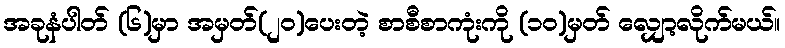
အခုနံပါတ် (၆)မှာ အမှတ်(၂၀)ပေးတဲ့ စာစီစာကုံးကို (၁၀)မှတ် လျှော့လိုက်မယ်။